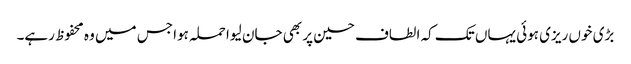
بڑی خوں ریزی ہوئی یہاں تک کہ الطاف حسین پر بھی جان لیوا حملہ ہوا جس میں وہ محفوظ رہے۔